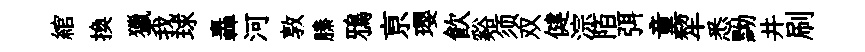
綰換獵我球轟河敦縢鴉亰瓔飮谿须双健淙陌弭童犂悉黝井刷